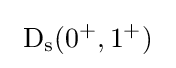
~\mathrm {D_{s}} (0^{+},1^{+})~